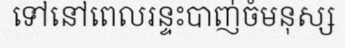
ទៅនៅពេលរន្ទះបាញ់ចំមនុស្ស